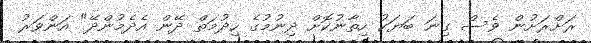
ރަށްރަށުން ވެސް ގިނަ ބަޔަކު ހިތާނުކޮށް ދިނުމުގެ ހިދުމަތް ދޭން އެދެމުންދޭ" އަންވަރު